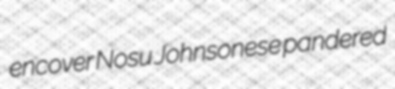
encover Nosu Johnsonese pandered